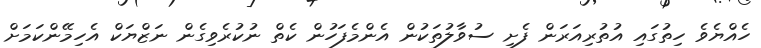
ހެއްޔެވެ ހިތުގައި އުތުރިއަރަން ފެށި ސުވާލުތަކުން އެންމެފަހުން ކެތް ނުކުރެވިގެން ނަޒްޔަކް އެހިމޭންކަމަށް